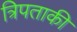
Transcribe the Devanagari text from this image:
त्रिपताकी